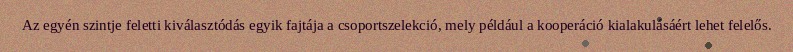
Az egyén szintje feletti kiválasztódás egyik fajtája a csoportszelekció, mely például a kooperáció kialakulásáért lehet felelős.